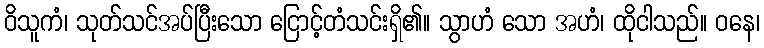
ဝိသူကံ၊ သုတ်သင်အပ်ပြီးသော ငြောင့်တံသင်းရှိ၏။ သွာဟံ သော အဟံ၊ ထိုငါသည်။ ဝနေ၊